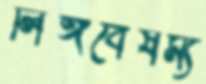
লিঙ্গবৈষম্য